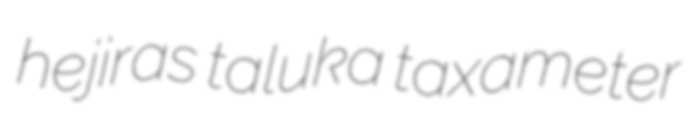
hejiras taluka taxameter